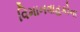
વિમાનવાહકોના